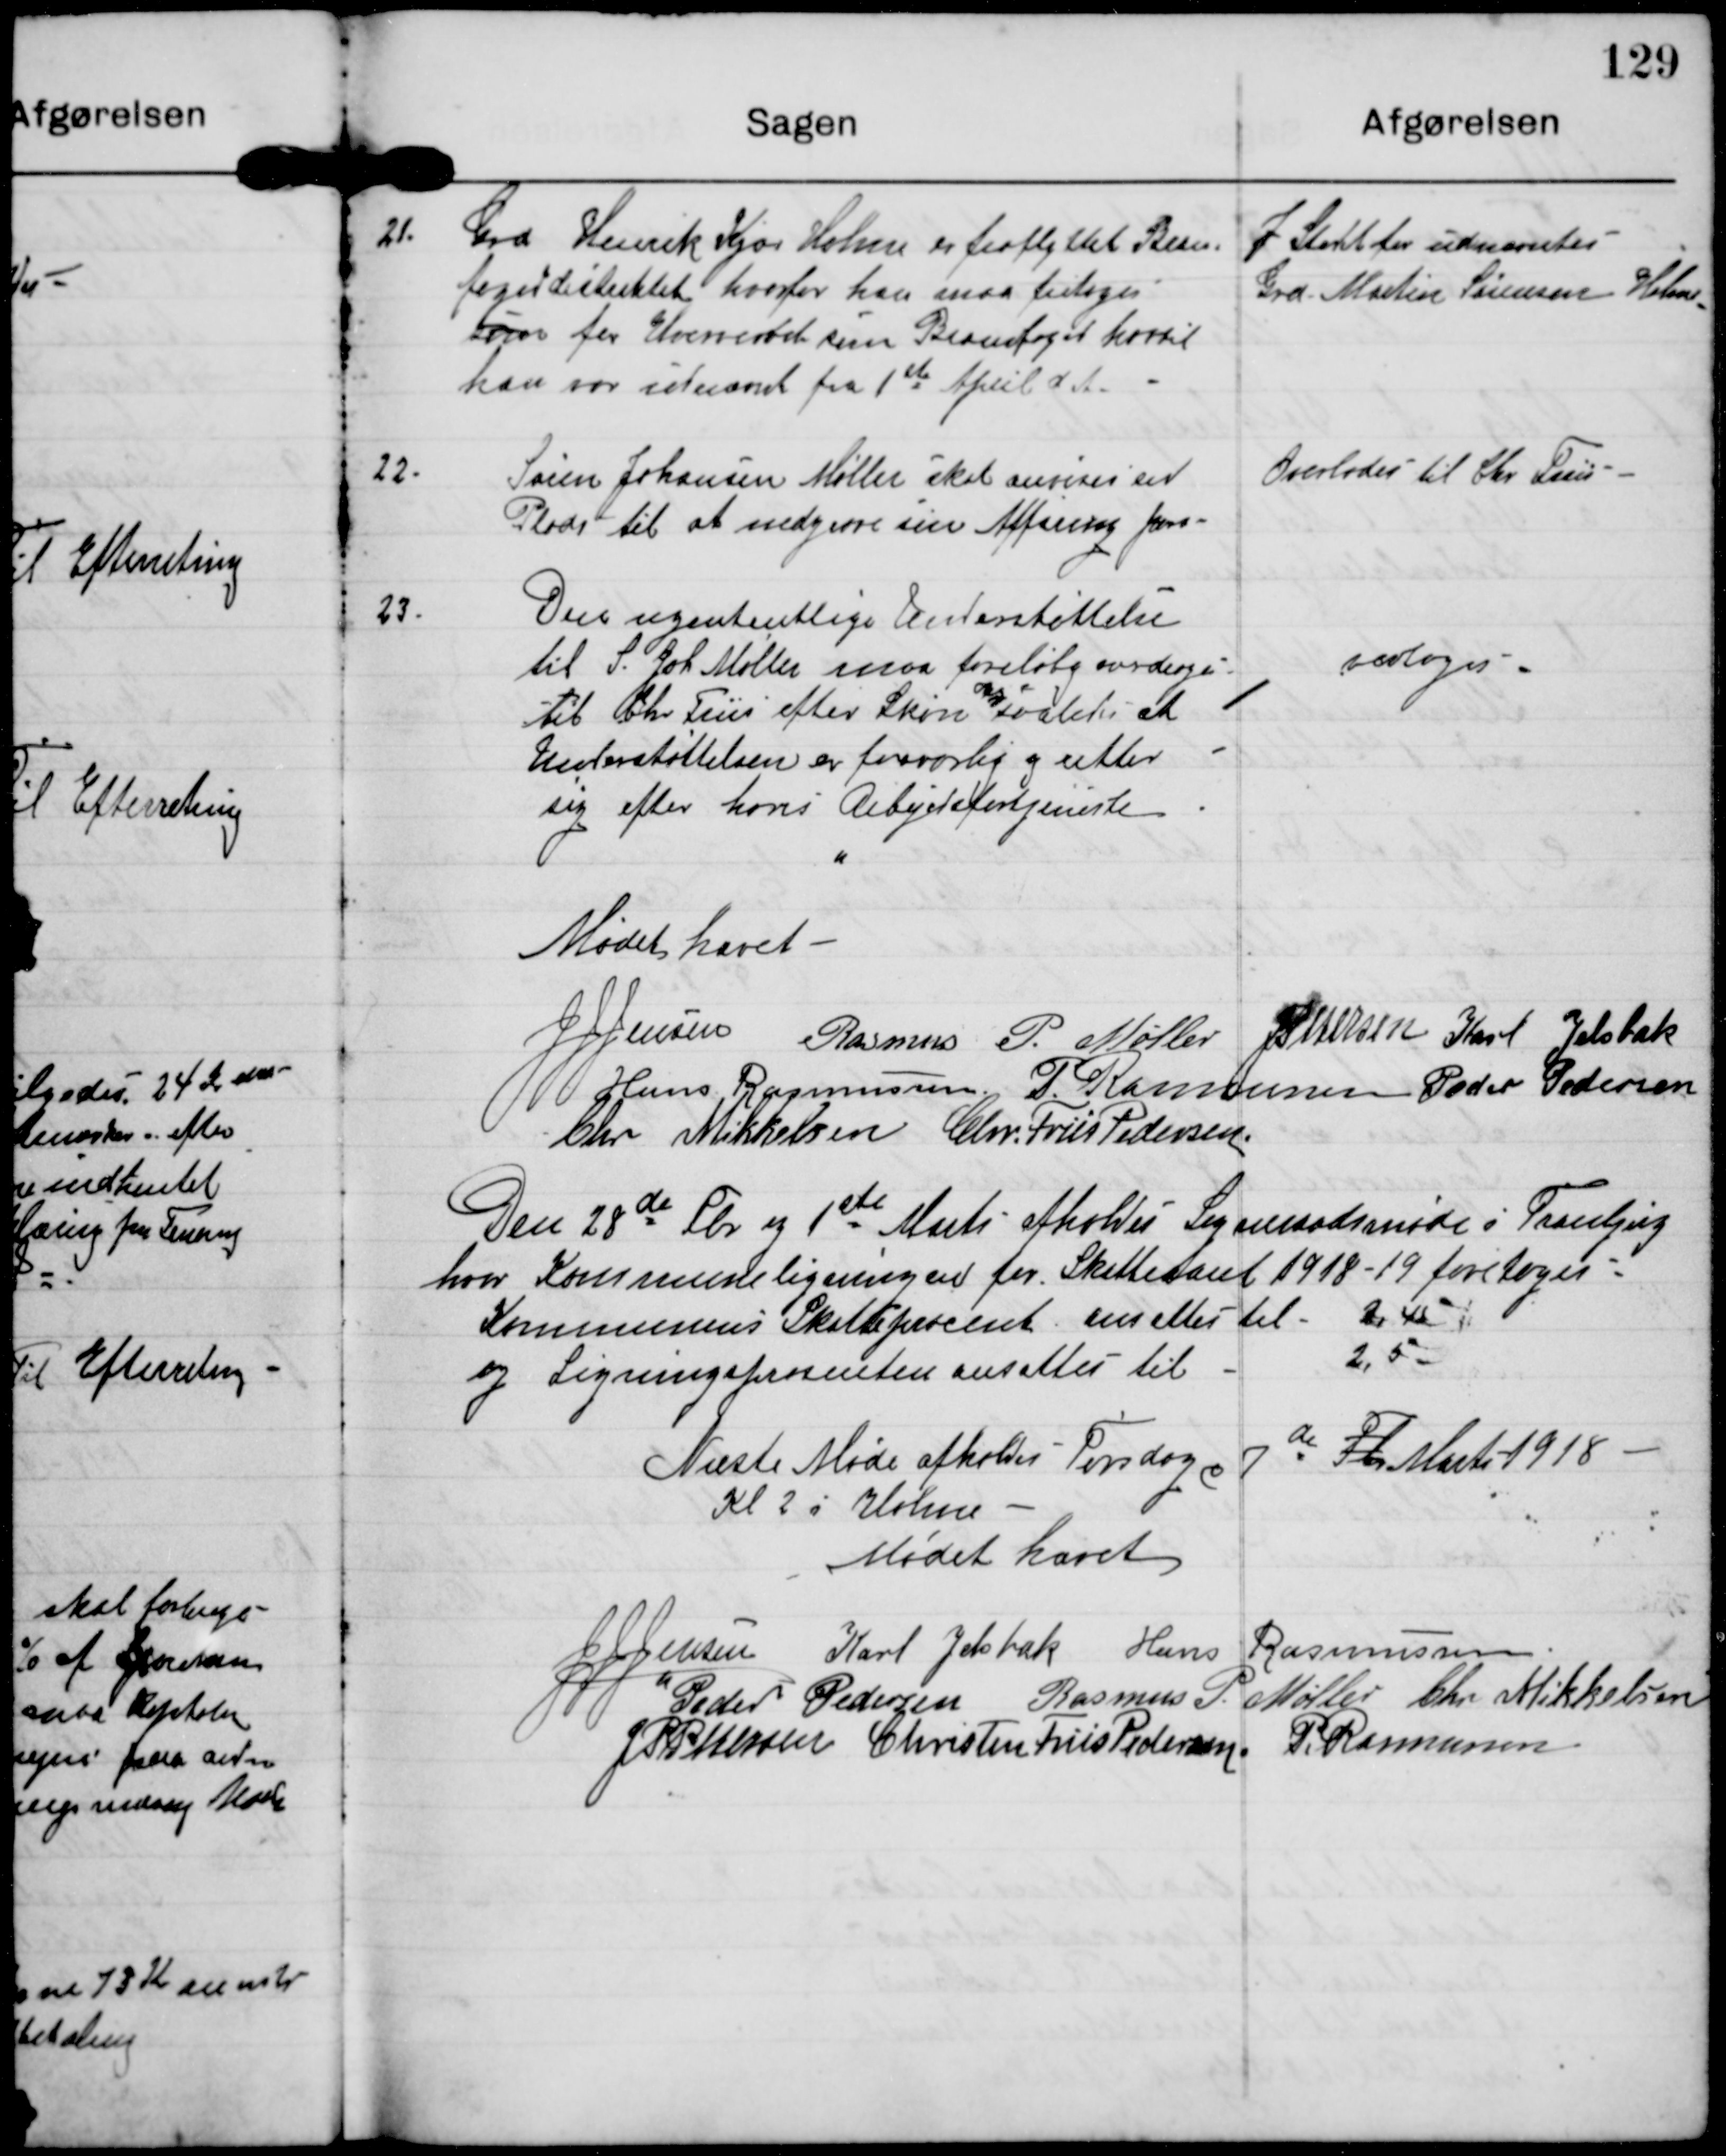
Transskription:
21.

Grd. Henrik Kjær Holme er fraflyttet Brand-
fogeddistriktet, hvorfor han maa fritages
sin for Hvervet som Brandfoged hvortil
han var udnævnt fra 1st April d.A.

I Stedet for udnævntes
Grd. Martin Sørensen Holme

22.

Søren Johansen Møller skal anvises en
Plads til at nedgrave sin Afføring j

Overlades til Chr. Friis

23.

Den ugententlige Understøttelse
til S. Joh. Møller maa foreløbig overdrages
til Chr. Friis efter Skøn saaledes at
Understøttelsen er forsvarlig og retter
sig efter hans Arbejdsfortjeneste.

vedtoges

Mødet hævet

J J Jensen

Rasmus P. Møller

J P Pedersen

Karl Jelsbak

Hans Rasmussen

P. Rasmussen

Peder Pedersen

Chr Mikkelsen

Chr. Friis Pedersen

Den 28de Fbr og 1ste Marts afholdtes Sogneraadsmøde i Tranbjerg
hvor Kommuneligningen for Skatteaaret 1918-19 foretoges.
Kommunens Skatteprocent ansattes til 2,45
og Ligningsprocenten ansattes til 2,5

Næste Møde afholdes torsdag d 7 de Fbr Marts 1918
Kl 2 i Holme

Mødet hævet

J J Jensen

Karl Jelsbak

Hans Rasmussen

Peder Pedersen

Rasmus P. Møller

Chr Mikkelsen

J P Pedersen

Christen Friis Pedersen

P. Rasmussen